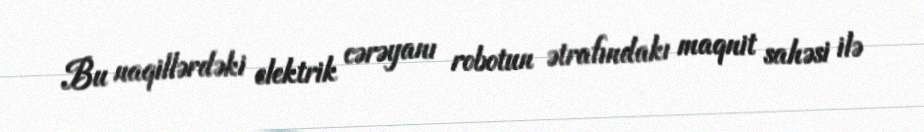
Bu naqillərdəki elektrik cərəyanı robotun ətrafındakı maqnit sahəsi ilə